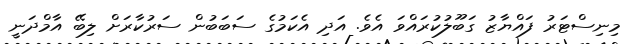
މިނިސްޓަރު ފައްޔާޒު ގަބޫލުކުރައްވަ އެވެ. އަދި އެކަމުގެ ސަބަބުން ސަރުކާރަށް ލިބޭ އާމްދަނީ